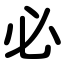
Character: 必